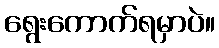
ရွေးကောက်ရမှာပဲ။